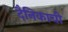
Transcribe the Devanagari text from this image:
दैनिकाची